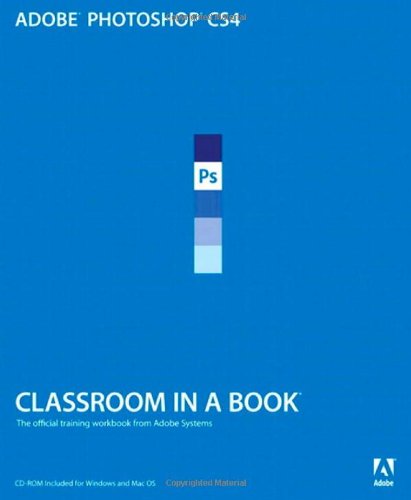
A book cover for Adobe Photoshop CS4 Classroom in a Book; Adobe Creative Team; Computers & Technology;